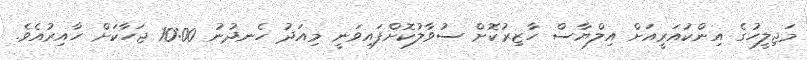
މަޖިލީހުގެ އިންކުއަރީއަށް އިލްޔާސް ހާޒިރުކޮށް ސުވާލުކޮށްފައިވަނީ މިއަދު ހެނދުނު 10:00 ޖަހާކަށް ހާއިރުއެވެ.